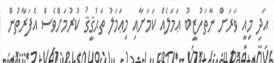
އަދި މިއީ ވަރަށް ނާތަހުޒީބު ޢަމަލެއް ކަމަށާއި މިޢަމަލު ތަޙުޤީޤު ކުރުމަށްވެސް އެފަރާތުން